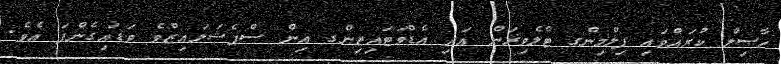
ހާޞިލް ކުރައްވައި ފިލްމިންގ ޓެލެވިޜަން އަދި އެޑްވަޓައިޒިންގ އިން ސްޕެޝަލައިޒްވެ ވަޑައިގެންފަ އެވެ.